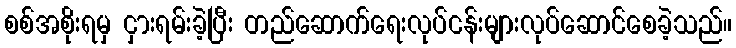
စစ်အစိုးရမှ ငှားရမ်းခဲ့ပြီး တည်ဆောက်ရေးလုပ်ငန်းများလုပ်ဆောင်စေခဲ့သည်။